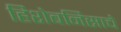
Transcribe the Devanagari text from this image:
हिशेबनिसाचे